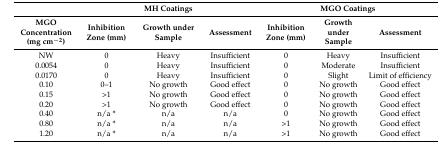
<table><thead><tr><td></td><td colspan="3"><b>MH Coatings</b></td><td colspan="3"><b>MGO Coatings</b></td></tr><tr><td><b>MGO Concentration (mg cm<sup>−2</sup>)</b></td><td><b>Inhibition Zone (mm)</b></td><td><b>Growth under Sample</b></td><td><b>Assessment</b></td><td><b>Inhibition Zone (mm)</b></td><td><b>Growth under Sample</b></td><td><b>Assessment</b></td></tr></thead><tbody><tr><td>NW</td><td>0</td><td>Heavy</td><td>Insufficient</td><td>0</td><td>Heavy</td><td>Insufficient</td></tr><tr><td>0.0054</td><td>0</td><td>Heavy</td><td>Insufficient</td><td>0</td><td>Moderate</td><td>Insufficient</td></tr><tr><td>0.0170</td><td>0</td><td>Heavy</td><td>Insufficient</td><td>0</td><td>Slight</td><td>Limit of efficiency</td></tr><tr><td>0.10</td><td>0–1</td><td>No growth</td><td>Good effect</td><td>0</td><td>No growth</td><td>Good effect</td></tr><tr><td>0.15</td><td>&gt;1</td><td>No growth</td><td>Good effect</td><td>0</td><td>No growth</td><td>Good effect</td></tr><tr><td>0.20</td><td>&gt;1</td><td>No growth</td><td>Good effect</td><td>0</td><td>No growth</td><td>Good effect</td></tr><tr><td>0.40</td><td>n/a *</td><td>n/a</td><td>n/a</td><td>0</td><td>No growth</td><td>Good effect</td></tr><tr><td>0.80</td><td>n/a *</td><td>n/a</td><td>n/a</td><td>&gt;1</td><td>No growth</td><td>Good effect</td></tr><tr><td>1.20</td><td>n/a *</td><td>n/a</td><td>n/a</td><td>&gt;1</td><td>No growth</td><td>Good effect</td></tr></tbody></table>